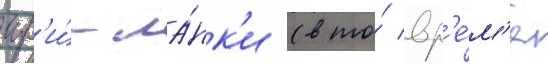
шр'и́-ла́нк'и (в то́ вр'е́м'я